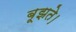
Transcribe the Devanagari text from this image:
बूझते।